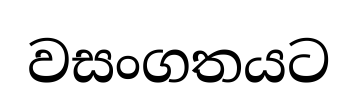
වසංගතයට